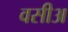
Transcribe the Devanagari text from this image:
वसीअ